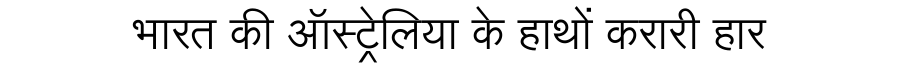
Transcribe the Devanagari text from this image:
भारत की ऑस्ट्रेलिया के हाथों करारी हार